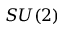
S U ( 2 )